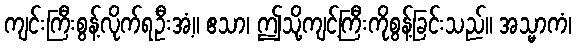
ကျင်းကြီးစွန့်လိုက်ရဦးအံ့။ ဧသာ၊ ဤသို့ကျင့်ကြီးကိုစွန့်ခြင်းသည်။ အသ္မာကံ၊